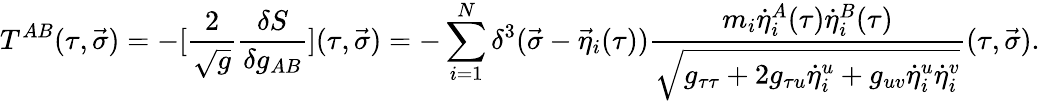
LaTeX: T^{AB}(\tau,\vec{\sigma})=-[{\frac{2}{\sqrt{g}}}{\frac{\delta S}{\delta g_{AB}}}](\tau,\vec{\sigma})=-\sum_{i=1}^{N}\delta^{3}(\vec{\sigma}-{\vec{\eta}}_{i}(\tau)){\frac{m_{i}{\dot{\eta}}_{i}^{A}(\tau){\dot{\eta}}_{i}^{B}(\tau)}{\sqrt{g_{\tau\tau}+2g_{\tau u}{\dot{\eta}}_{i}^{u}+g_{uv}{\dot{\eta}}_{i}^{u}{\dot{\eta}}_{i}^{v}}}}(\tau,\vec{\sigma}).